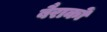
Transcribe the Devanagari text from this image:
बैराकों